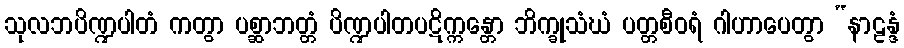
သုလဘပိဏ္ဍပါတံ ကတွာ ပစ္ဆာဘတ္တံ ပိဏ္ဍပါတပဋိက္ကန္တော ဘိက္ခုသံဃံ ပတ္တစီဝရံ ဂါဟာပေတွာ “နာဠန္ဒံ